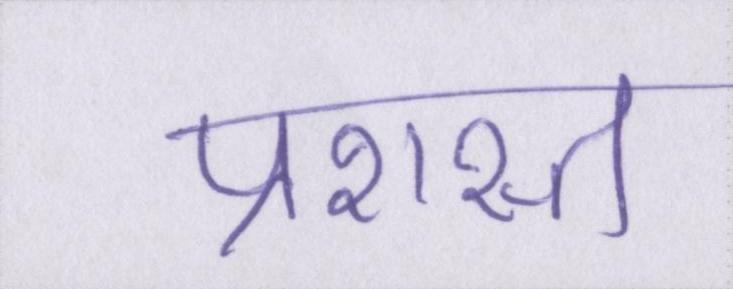
प्रशस्त